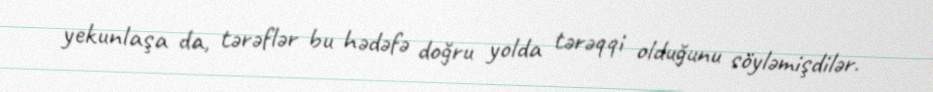
yekunlaşa da, tərəflər bu hədəfə doğru yolda tərəqqi olduğunu söyləmişdilər.